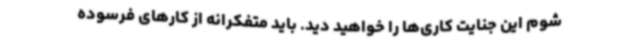
شوم این جنایت کاری‌ها را خواهید دید. باید متفکرانه از کارهای فرسوده